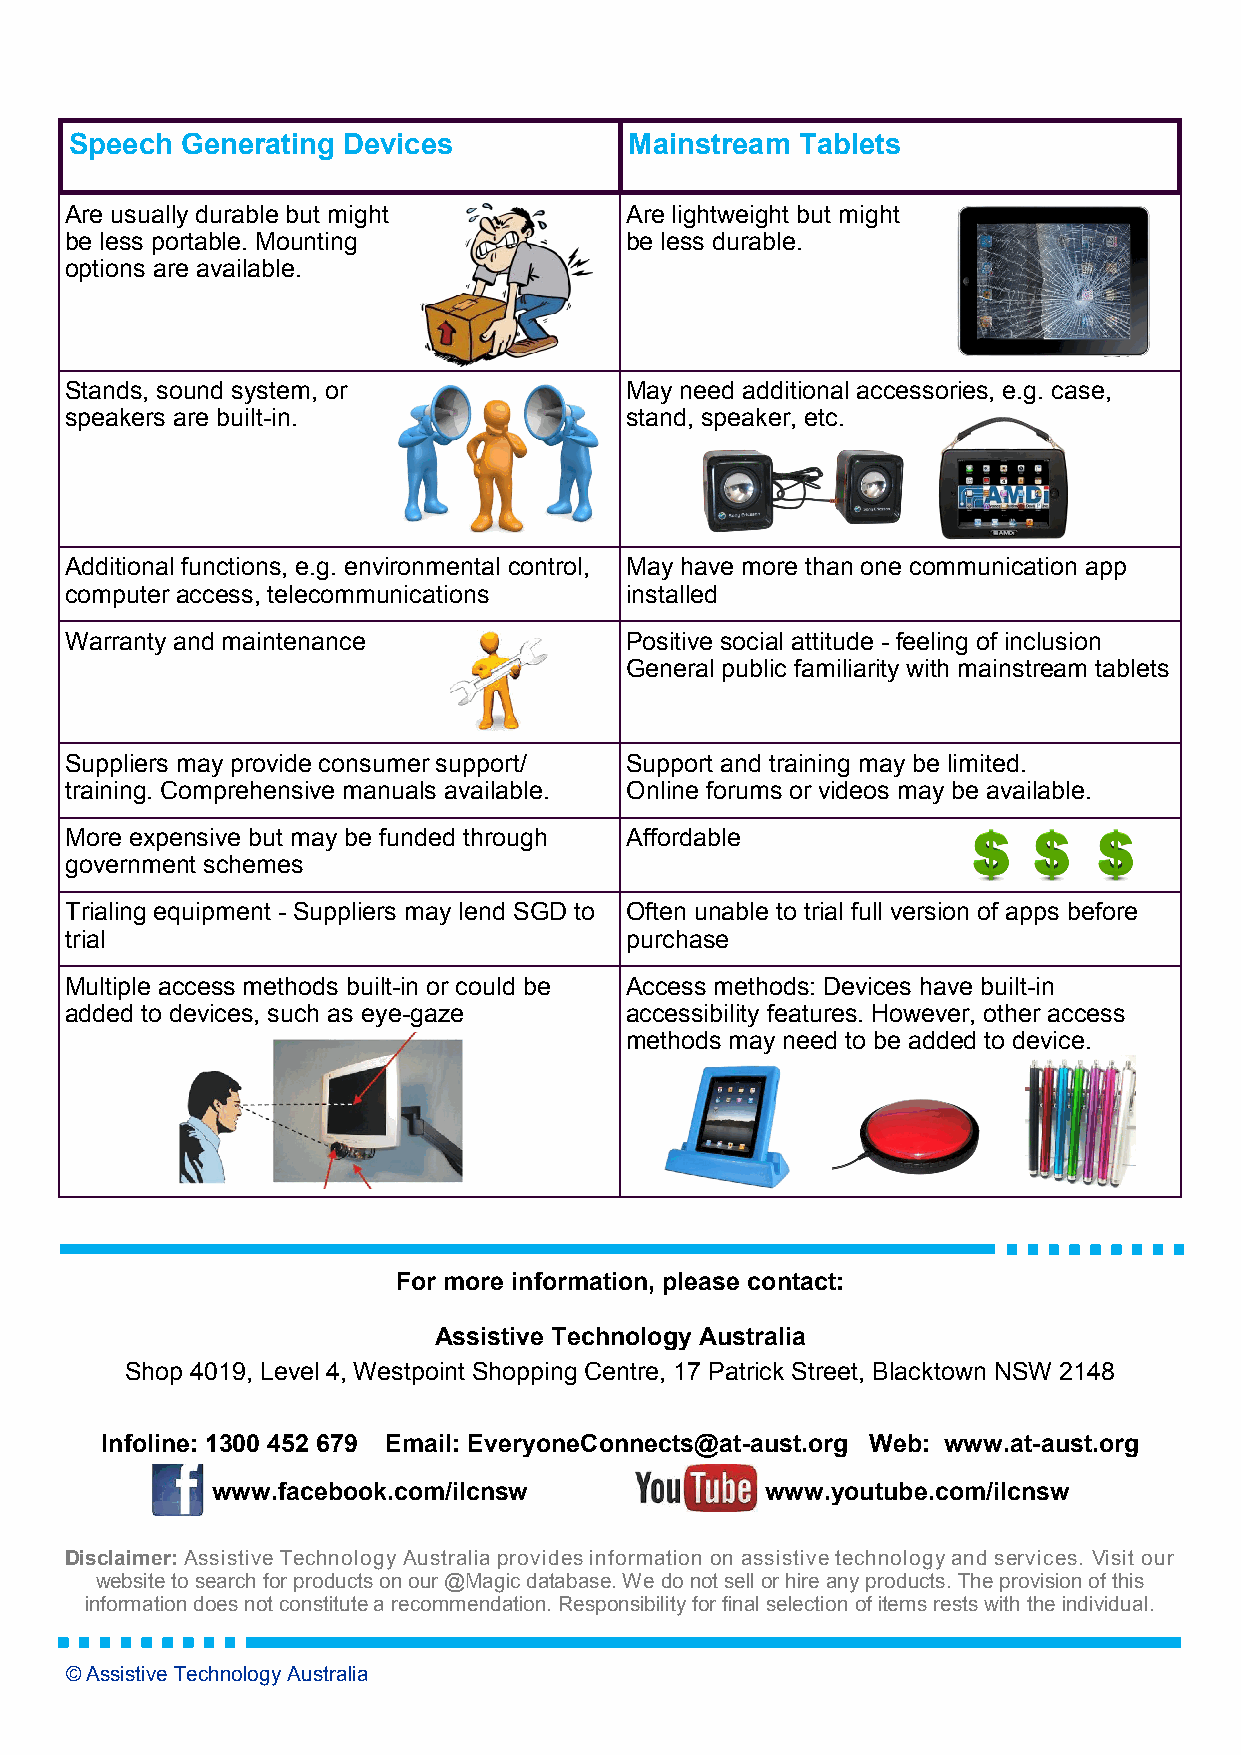
S peech Generating Devices           Mainstream Tablets
 Are usually durable but might        Are lightweight but might
 be less portable. Mounting           be less durable.
 options are available.
 Stands, sound system, or             May need additional accessories, e.g. case,
 speakers are built-in.               stand, speaker, etc.
 Additional functions, e.g. environmental control, May have more than one communication app
 computer access, telecommunications  installed
 Warranty and maintenance             Positive social attitude - feeling of inclusion
 General public familiarity with mainstream tablets
 Suppliers may provide consumer support/ Support and training may be limited.
 training. Comprehensive manuals available. Online forums or videos may be available.
 More expensive but may be funded through Affordable
 government schemes
 Trialing equipment - Suppliers may lend SGD to Often unable to trial full version of apps before
 trial                                purchase
 Multiple access methods built-in or could be Access methods: Devices have built-in
 added to devices, such as eye-gaze   accessibility features. However, other access
 methods may need to be added to device.
 For more information, please contact:
 Assistive Technology Australia
 Shop 4019, Level 4, Westpoint Shopping Centre, 17 Patrick Street, Blacktown NSW 2148
 Infoline: 1300 452 679 Email: EveryoneConnects@at-aust.org Web: www.at-aust.org
 www.facebook.com/ilcnsw              www.youtube.com/ilcnsw
 Disclaimer: Assistive Technology Australia provides information on assistive technology and services. Visit our
 website to search for products on our @Magic database. We do not sell or hire any products. The provision of this
 information does not constitute a recommendation. Responsibility for final selection of items rests with the individual.
 © Assistive Technology Australia